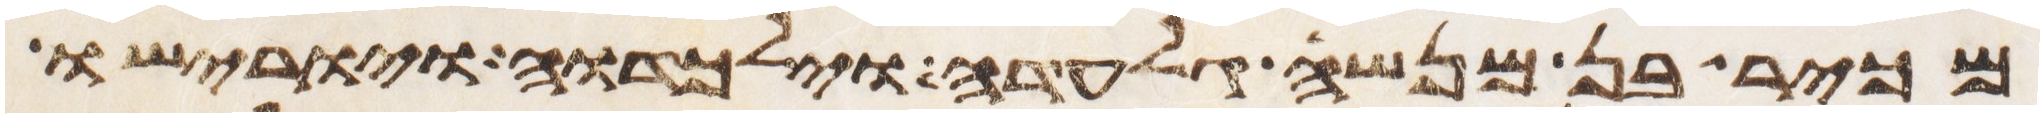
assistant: מכיר בן מנשה גלעדה וילכדוה ויורישו